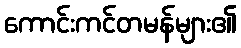
ကောင်းကင်တမန်များ၏